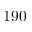
1 9 0